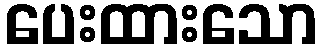
ပေးထားသော